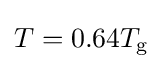
T=0.64T_{\text{g}}